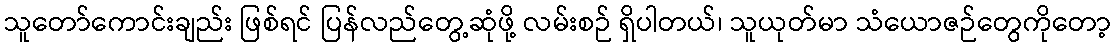
သူတော်ကောင်းချည်း ဖြစ်ရင် ပြန်လည်တွေ့ဆုံဖို့ လမ်းစဉ် ရှိပါတယ်၊ သူယုတ်မာ သံယောဇဉ်တွေကိုတော့